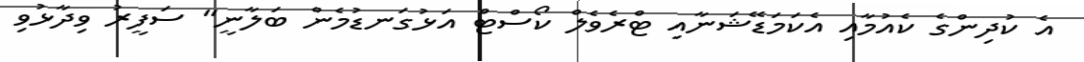
އެ ކުދިންގެ ކެއުމާއި އެކަމަޑޭޝަނާއި ޓްރެވެލް ކޯސްޓް އަޅުގަނޑުމެން ބަލާނީ" ސަފީރު ވިދާޅުވި